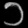
Digit: ၁